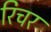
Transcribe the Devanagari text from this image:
रिचर